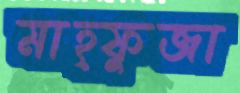
মাহ্ফুজা